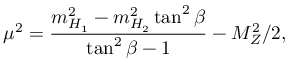
\mu ^ { 2 } = \frac { m _ { H _ { 1 } } ^ { 2 } - m _ { H _ { 2 } } ^ { 2 } \tan ^ { 2 } \beta } { \tan ^ { 2 } \beta - 1 } - M _ { Z } ^ { 2 } / 2 ,